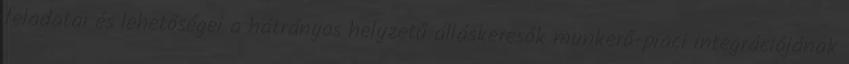
feladatai és lehetőségei a hátrányos helyzetű álláskeresők munkerő-piaci integrációjának